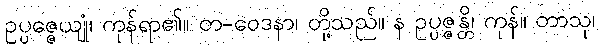
ဥပ္ပဇ္ဇေယျုံ၊ ကုန်ရာ၏။ တ-ဝေဒနာ၊ တို့သည်။ န ဥပ္ပဇ္ဇန္တိ၊ ကုန်။ တာသု၊